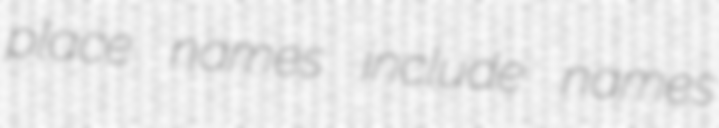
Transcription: place names include names